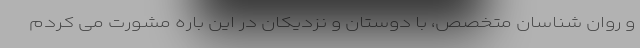
و روان شناسان متخصص، با دوستان و نزدیکان در این باره مشورت می کردم